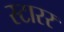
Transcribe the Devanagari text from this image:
स्टारर